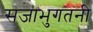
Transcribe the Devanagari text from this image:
सजाभुगतनी